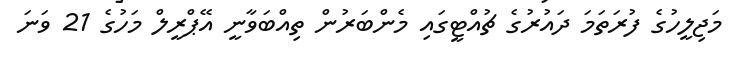
މަޖިލީހުގެ ފުރަތަމަ ދައުރުގެ ޗުއްޓީގައި މެންބަރުން ތިއްބަވާނީ އޭޕްރީލް މަހުގެ 21 ވަނަ